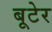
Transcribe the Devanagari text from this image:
बूटेर